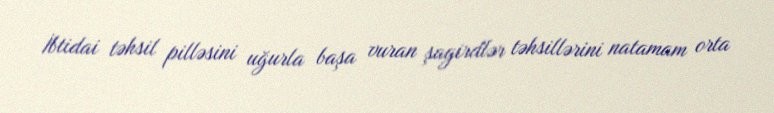
İbtidai təhsil pilləsini uğurla başa vuran şagirdlər təhsillərini natamam orta